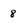
Character: 8